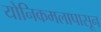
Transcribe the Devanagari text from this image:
योनिकमलापासून